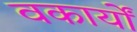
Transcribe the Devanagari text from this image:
वकार्यों